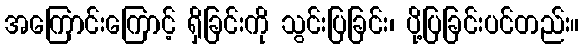
အကြောင်းကြောင့် ရှိခြင်းကို သွင်းပြခြင်း၊ ပို့ပြခြင်းပင်တည်း။